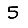
Digit: 5